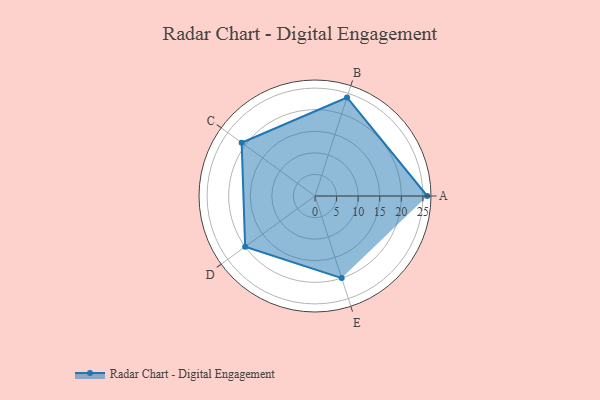
{"axis": {"x": "Skill", "y": "Score"}, "legend": ["Profile"], "data": [{"x": "A", "y": 26.0, "type": "Profile"}, {"x": "B", "y": 24.0, "type": "Profile"}, {"x": "C", "y": 21.0, "type": "Profile"}, {"x": "D", "y": 20, "type": "Profile"}, {"x": "E", "y": 20, "type": "Profile"}]}